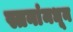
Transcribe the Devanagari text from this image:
स्तनांमधून